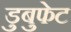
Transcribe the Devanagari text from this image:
डुबुफेट